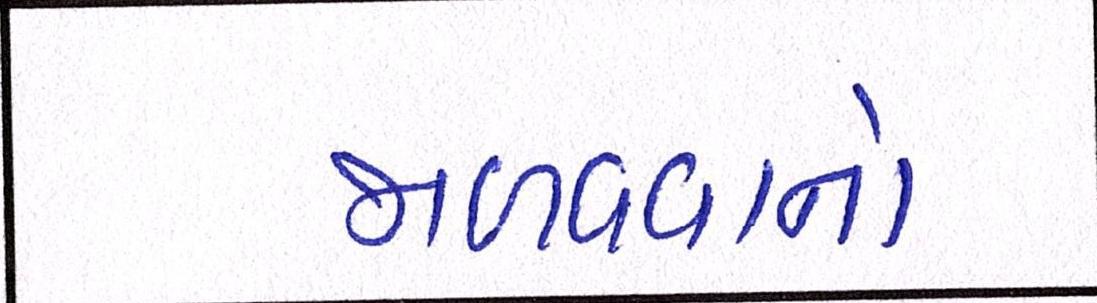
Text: જાળવવાનો